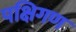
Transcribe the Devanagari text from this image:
पक्षिगण